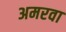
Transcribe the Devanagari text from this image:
अमरवा